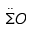
\Ddot { \Sigma } O